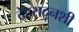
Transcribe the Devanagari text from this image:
देहरादूनशी